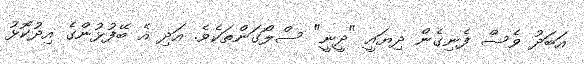
އަބަދު ވެސް ފެނިގެން ދިޔައީ "ދީނީ" ސްލޯގަންތަކެވެ. އަދި އެ ބޭފުޅުންގެ އިދުކޮޅު